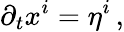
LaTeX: \partial_{t}x^{i}=\eta^{i}\, ,